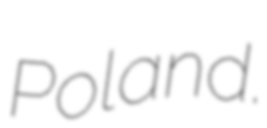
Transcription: Poland.